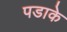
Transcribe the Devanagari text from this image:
पडाके